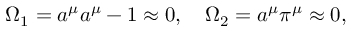
\Omega _ { 1 } = a ^ { \mu } a ^ { \mu } - 1 \approx 0 , ~ ~ ~ \Omega _ { 2 } = a ^ { \mu } \pi ^ { \mu } \approx 0 ,